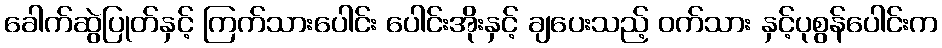
ခေါက်ဆွဲပြုတ်နှင့် ကြက်သားပေါင်း ပေါင်းအိုးနှင့် ချပေးသည့် ဝက်သား နှင့်ပုစွန်ပေါင်းက